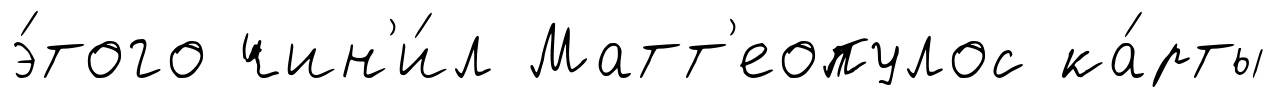
э́того чин'и́л Матт'еопулос ка́рты